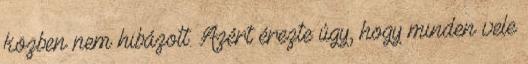
közben nem hibázott. Azért érezte úgy, hogy minden vele